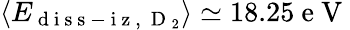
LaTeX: \left\langle E_{\mathrm{~d~i~s~s~-~i~z~,~}\mathrm{~D~}_{2}}\right\rangle\simeq 18.25\mathrm{~e~V~}